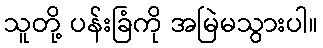
သူတို့ ပန်းခြံကို အမြဲမသွားပါ။